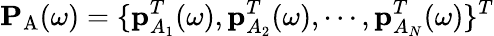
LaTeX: \mathbf{P}_{\mathrm{A}}(\omega)=\{ \mathbf{p}_{A_{1}}^{T}(\omega),\mathbf{p}_{A_{2}}^{T}(\omega),\cdots,\mathbf{p}_{A_{N}}^{T}(\omega)\} ^{T}